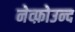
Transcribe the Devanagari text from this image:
नेव्फ़ोउन्द